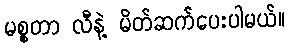
မစ္စတာ လီနဲ့ မိတ်ဆက်ပေးပါမယ်။